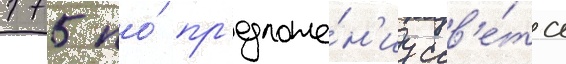
175 по́ пр'едложе́н'иу сов'е́та